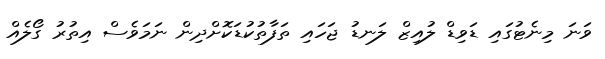
ވަނަ މިނެޓުގައި ޑަވިޑް ލުއިޒް ލަނޑު ޖަހައި ތަފާތުކުޑަކޮށްދިން ނަމަވެސް އިތުރު ގޯލެއް